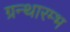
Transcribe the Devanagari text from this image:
ग्रन्थारम्भ